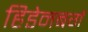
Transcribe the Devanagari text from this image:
हिडेनबर्ग